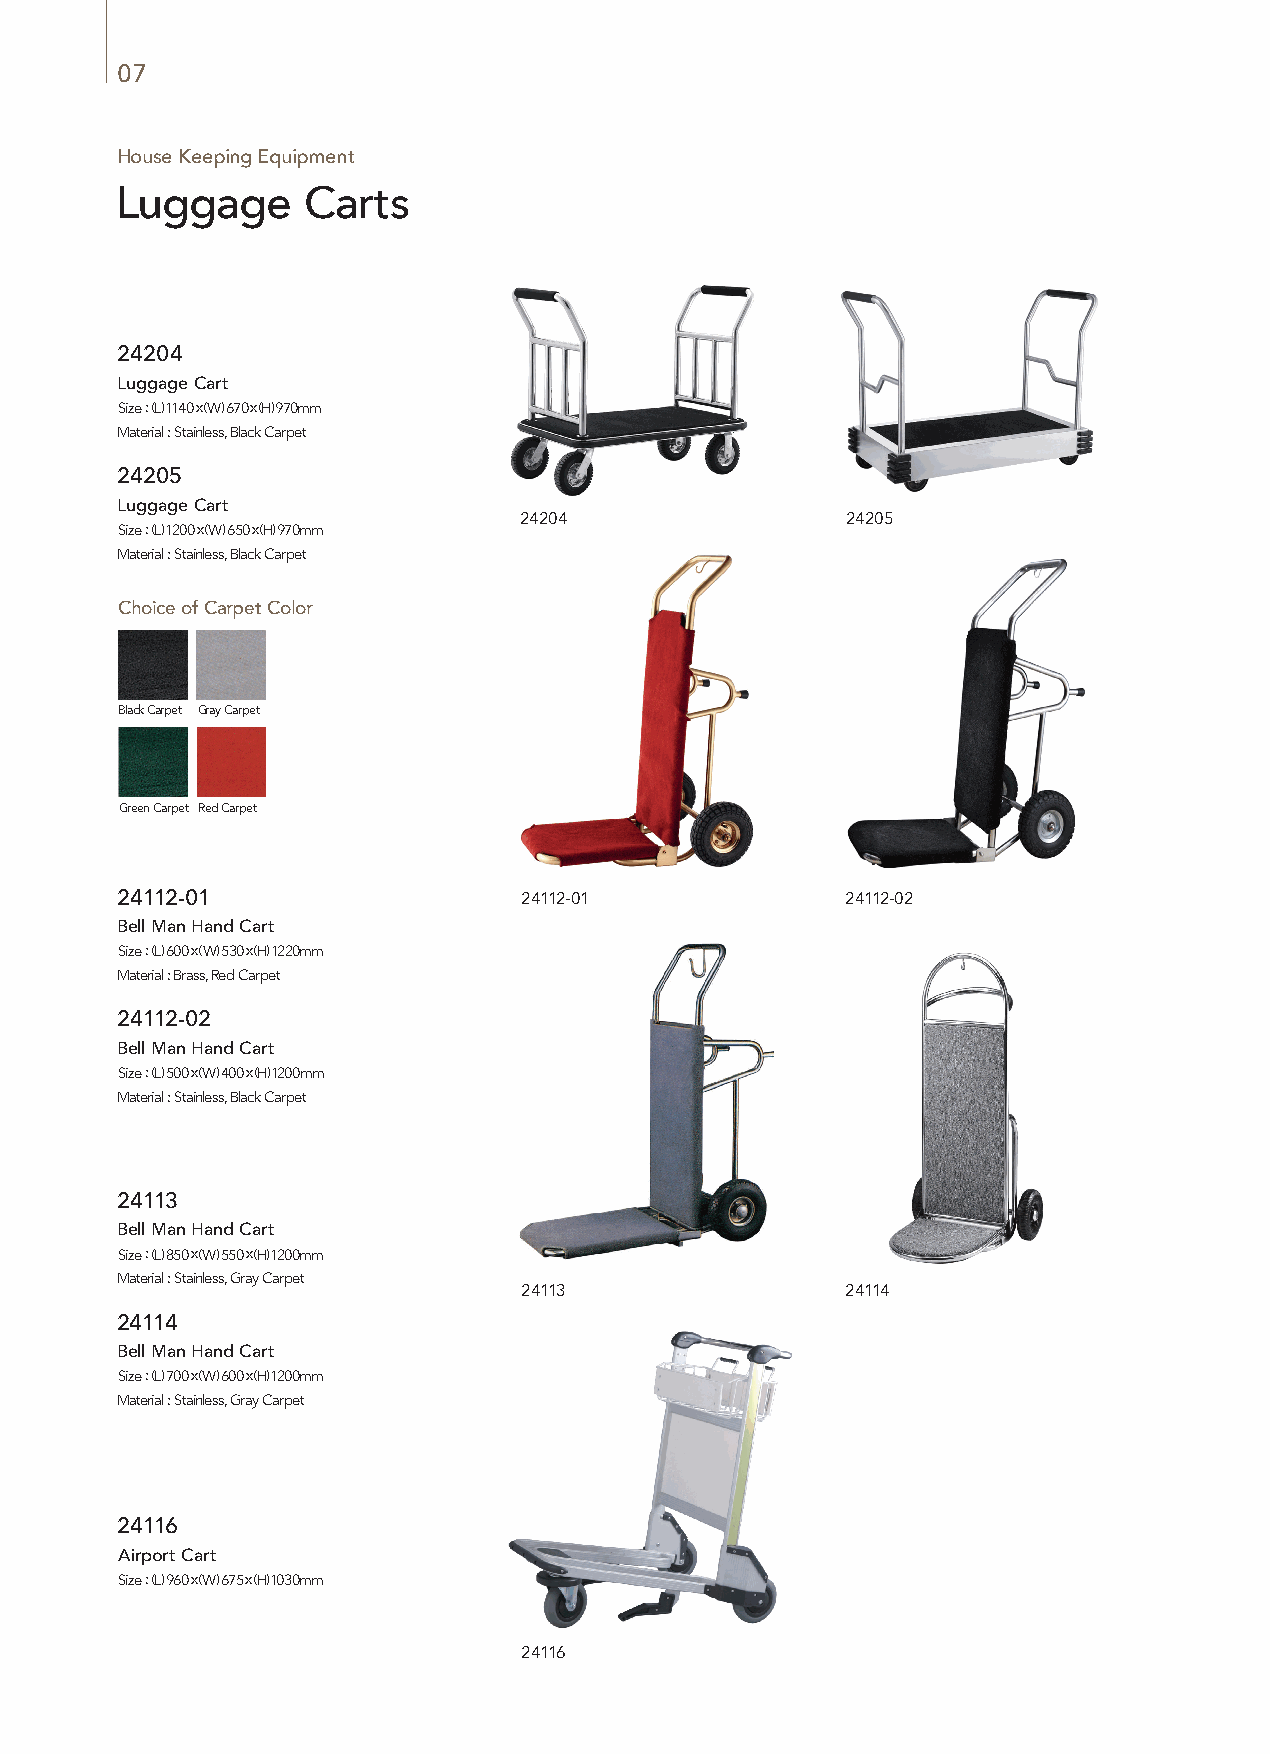
07
 House Keeping Equipment
 Luggage     Carts
 24204
 Luggage Cart
 Size : (L) 1140 x (W) 670 x (H) 970mm
 Material : Stainless, Black Carpet
 24205
 Luggage Cart
 24204                 24205
 Size : (L) 1200 x (W) 650 x (H) 970mm
 Material : Stainless, Black Carpet
 Choice of Carpet Color
 Black Carpet Gray Carpet
 Green Carpet Red Carpet
 24112-01                  24112-01              24112-02
 Bell Man Hand Cart
 Size : (L) 600 x (W) 530 x (H) 1220mm
 Material : Brass, Red Carpet
 24112-02
 Bell Man Hand Cart
 Size : (L) 500 x (W) 400 x (H) 1200mm
 Material : Stainless, Black Carpet
 24113
 Bell Man Hand Cart
 Size : (L) 850 x (W) 550 x (H) 1200mm
 Material : Stainless, Gray Carpet
 24113                 24114
 24114
 Bell Man Hand Cart
 Size : (L) 700 x (W) 600 x (H) 1200mm
 Material : Stainless, Gray Carpet
 24116
 Airport Cart
 Size : (L) 960 x (W) 675 x (H) 1030mm
 24116